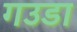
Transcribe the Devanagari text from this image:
गउडा